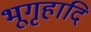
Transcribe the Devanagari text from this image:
भूगृहादि